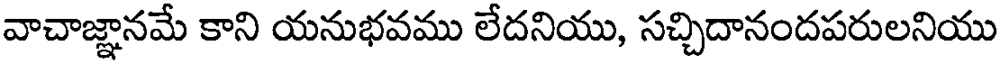
వాచాజ్ఞానమే కాని యనుభవము లేదనియు, సచ్చిదానందపరులనియు